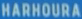
HARHOURA